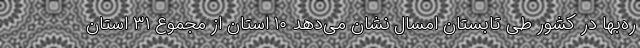
ره‌بها در کشور طی تابستان امسال نشان می‌دهد ۱۰ استان از مجموع ۳۱ استان